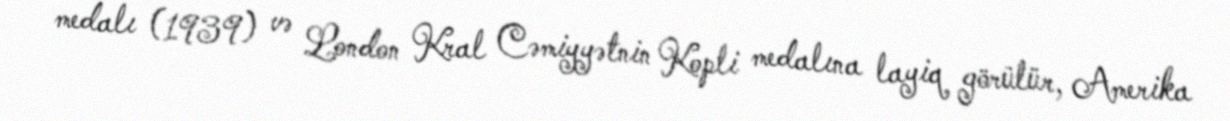
medalı (1939) və London Kral Cəmiyyətnin Kopli medalına layiq görülür, Amerika